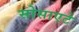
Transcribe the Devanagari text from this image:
सोसाएटे